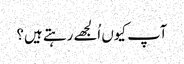
آپ کیوں اُلجھے رہتے ہیں؟